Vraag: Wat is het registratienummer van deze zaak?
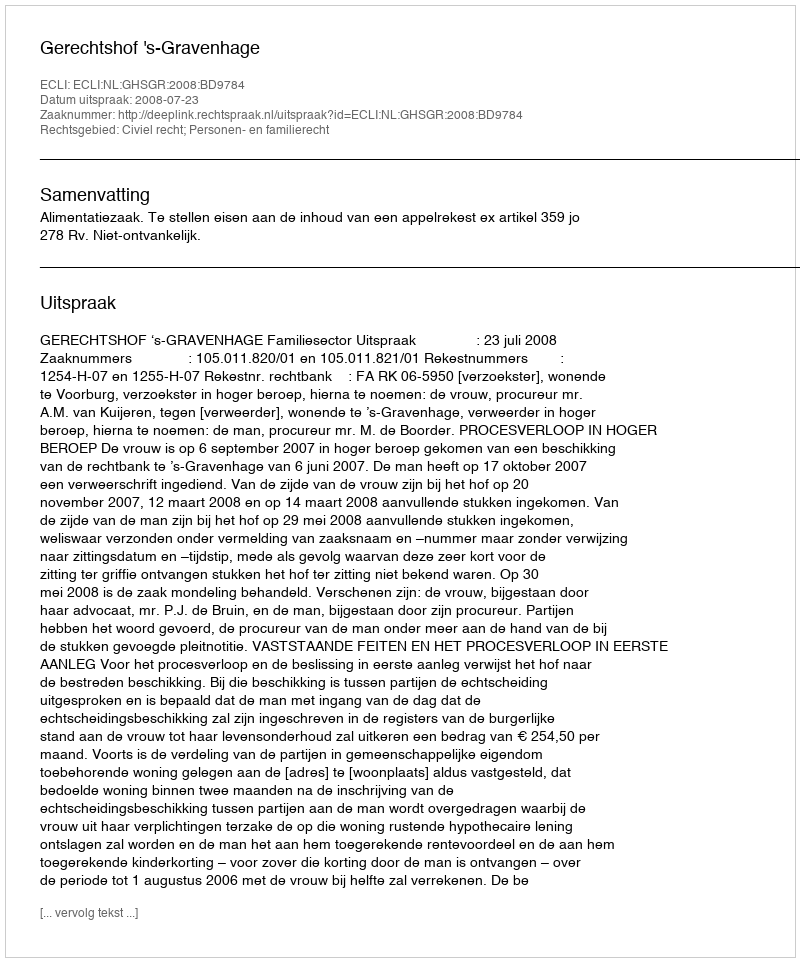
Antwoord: http://deeplink.rechtspraak.nl/uitspraak?id=ECLI:NL:GHSGR:2008:BD9784